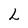
Character: I